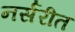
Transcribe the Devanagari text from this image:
नर्सरीत